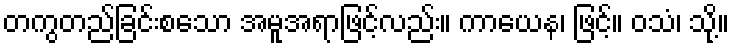
တကွတည်ခြင်းစသော အမူအရာဖြင့်လည်း။ ကာယေန၊ ဖြင့်။ ဝသံ၊ သို့။